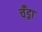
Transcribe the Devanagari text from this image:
चँड्रा